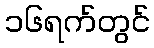
၁၆ရက်တွင်